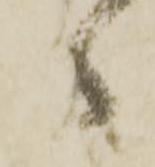
守